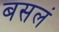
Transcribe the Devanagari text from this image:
बसलं